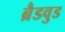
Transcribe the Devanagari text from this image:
ब्रैडवुड